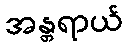
အန္တရာယ်